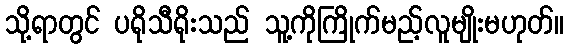
သို့ရာတွင် ပရိုသီရိုးသည် သူ့ကိုကြိုက်မည့်လူမျိုးမဟုတ်။